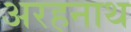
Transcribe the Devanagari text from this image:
अरहनाथ